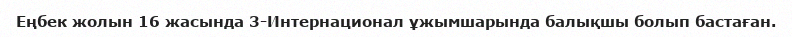
Еңбек жолын 16 жасында 3-Интернационал ұжымшарында балықшы болып бастаған.